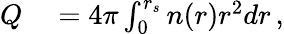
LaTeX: \begin{array}{rl}{Q}&{{}=4\pi\int_{0}^{r_{s}}n(r)r^{2}dr\, ,}\end{array}